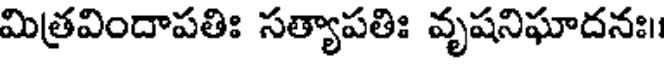
మిత్రవిందాపతిః సత్యాపతిః వృషనిఘాదనః।।